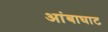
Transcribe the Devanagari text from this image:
आंबाघाट